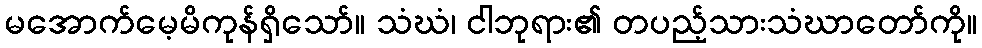
မအောက်မေ့မိကုန်ရှိသော်။ သံဃံ၊ ငါဘုရား၏ တပည့်သားသံဃာတော်ကို။